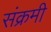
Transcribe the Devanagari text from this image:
संक्रमी